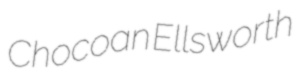
Chocoan Ellsworth